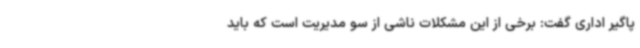
پاگیر اداری گفت: برخی از این مشکلات ناشی از سو مدیریت است که باید